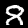
Label: 8